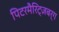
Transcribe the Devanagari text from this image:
पिटरमैरिट्ज़बर्ग